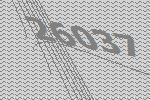
26037